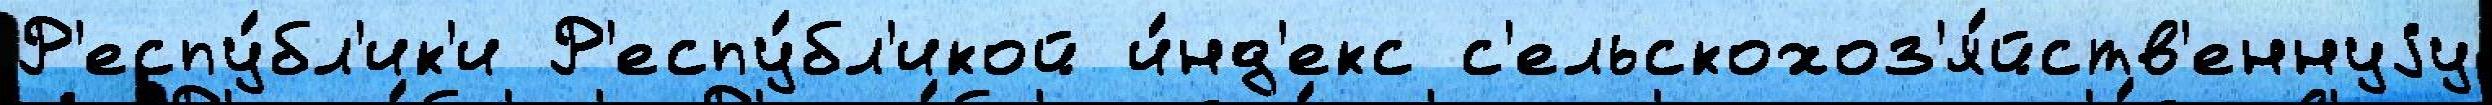
Р'еспу́бл'ик'и Р'еспу́бл'икой и́нд'екс с'ельскохоз'я́йств'еннуjу